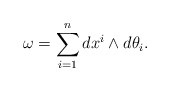
\begin{align*}\omega=\sum_{i=1}^n dx^i\wedge d\theta_i.\end{align*}